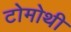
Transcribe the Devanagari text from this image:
टोमोथी